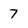
Character: 7